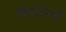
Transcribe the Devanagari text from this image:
सैलानियों